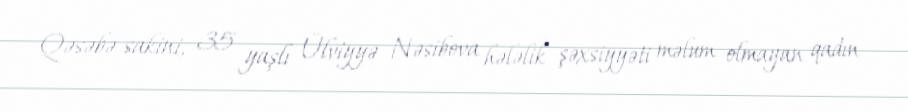
Qəsəbə sakini, 35 yaşlı Ülviyyə Nəsibova hələlik şəxsiyyəti məlum olmayan qadın